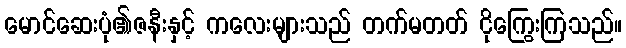
မောင်ဆေးပုံ၏ဇနီးနှင့် ကလေးများသည် တက်မတတ် ငိုကြွေးကြသည်။